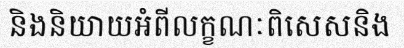
និងនិយាយអំពីលក្ខណៈពិសេសនិង